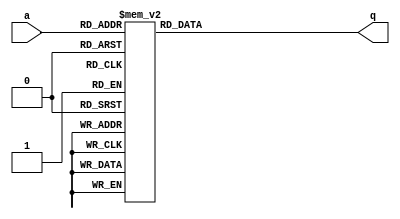
module Dec7s(a,q);
input [3:0] a;
output [7:0] q;
reg [7:0] q;
always @(a)
	begin 
	case(a)
		0:q=8'b11000000; 1:q=8'b11111001;
		2:q=8'b10100100; 3:q=8'b10110000;
		4:q=8'b10011001; 5:q=8'b10010010;
		6:q=8'b10000010; 7:q=8'b11111000;
		8:q=8'b10000000; 9:q=8'b10010000;
		10:q=8'b10001000; 11:q=8'b01111100;
		12:q=8'b00111001; 13:q=8'b01011110;
		14:q=8'b01111001; 15:q=8'b01110001;
	endcase
   end
endmodule